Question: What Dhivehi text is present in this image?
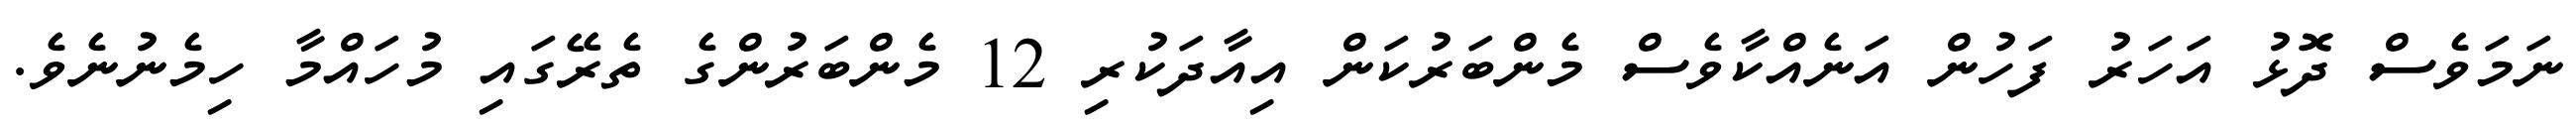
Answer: ނަމަވެސް ދޮޅު އަހަރު ފަހުން އަނެއްކާވެސް މެންބަރުކަން އިއާދަކުރި 12 މެންބަރުންގެ ތެރޭގައި މުހައްމާ ހިމެނުނެވެ.